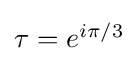
{\textstyle \tau =e^{i\pi /3}}